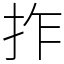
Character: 拃